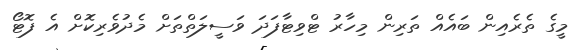
މީގެ ތެރެއިން ބައެއް ތަރިން މިހާރު ޓްވިޓާފަދަ ވަސީލަތްތަށް މެދުވެރިކޮށް އެ ފޮޓޯ